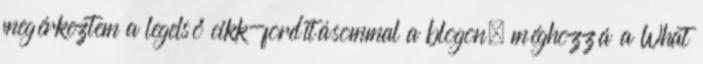
megérkeztem a legelső cikk-fordításommal a blogon, méghozzá a What